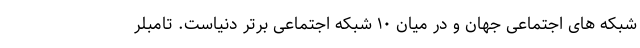
شبکه های اجتماعی جهان و در میان ۱۰ شبکه اجتماعی برتر دنیاست. تامبلر